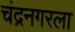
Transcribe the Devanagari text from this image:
चंद्रनगरला